Civil Veterinary Dept. North-West Frontier Province 1933-46 - 1933-1946
Year: 1933
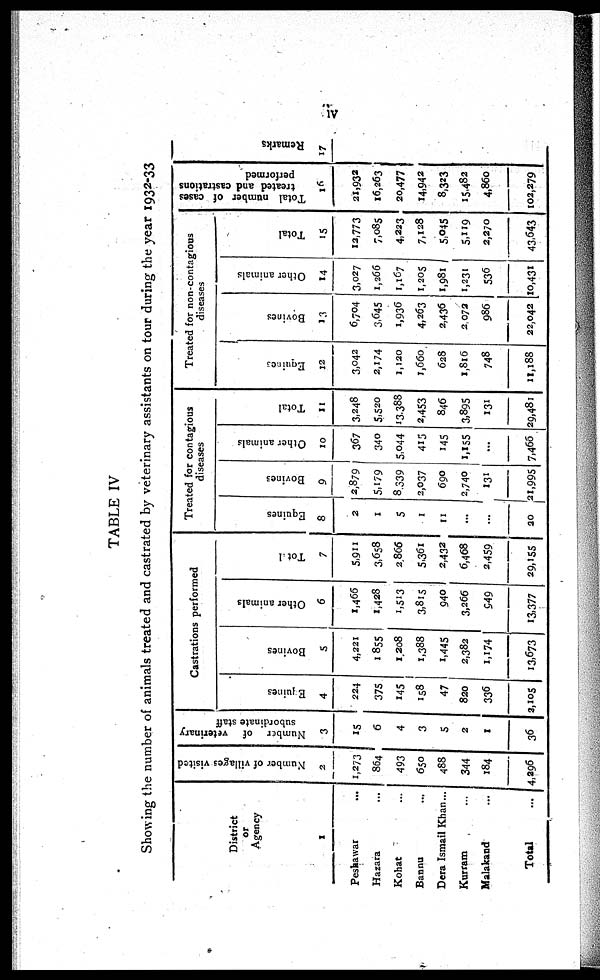
iv
TABLE IV
Showing the number of animals treated and castrated by veterinary assistants on tour during the year 1932-33
District
or
Agency
1
Peshawar ...
Hazara ...
Kohat ...
Bannu
...
Dera Ismail Khan...
Kurram
...
Malakand
...
Total
...
Number of villages visited
2
1,273
864
493
650
488
344
184
4,296
Number of veterinary
subordinate staff
3
15
6
4
3
5
2
1
36
Castrations performed
Equines
4
224
375
145
158
47
820
336
2,105
Bovines
5
4,221
1855
1, 208
1,388
1,445
2,382
1,174
13,673
Other animals
6
1,466
1,428
1,513
3,815
940
3,266
949
13,377
Total
7
5,911
3,658
2,866
5,361
2,432
6,468
2,459
29,155
Treated for contagious
diseases
Equines
8
2
1
5
1
11
...
...
20
Bovines
9
2,879
5,179
8.339
2,037
690
2,740
131
21,995
Other animals
10
367
340
5,044
415
145
1,155
...
7,466
Total
11
3,248
5,520
13.388
2,453
846
3,895
131
29,481
Treated for non-contagious
diseases
Equines
12
3,042
2,174
1,120
1,660
628
1,816
748
11,188
Bovines
13
6,704
3,645
1,936
4,263
2,436
2,072
986
22,042
Other animals
14
3,027
1,266
1,167
1,205
1,981
1,231
536
10,431
Total
15
12,773
7,085
4,223
7,128
5,045
5,119
2,270
43,643
Total number of cases
treated and castrations
performed
16
21,932
16,263
20,477
14,942
8,323
15,482
4,860
102,279
Remarks
17